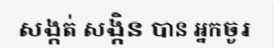
សង្កត់ សង្កិន បាន អ្នកចូរ